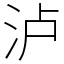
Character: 泸